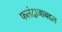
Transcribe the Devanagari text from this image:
फलंदाजाबद्दल